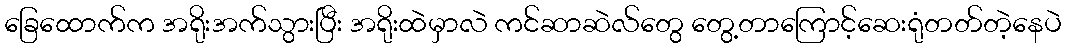
ခြေထောက်က အရိုးအက်သွားပြီး အရိုးထဲမှာလဲ ကင်ဆာဆဲလ်တွေ တွေ့တာကြောင့်ဆေးရုံတတ်တဲ့နေပဲ